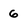
Character: 6